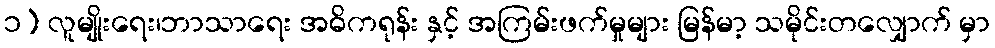
၁) လူမျိုးရေး၊ဘာသာရေး အဓိကရုန်း နှင့် အကြမ်းဖက်မှုများ မြန်မာ့ သမိုင်းတလျှောက် မှာ